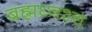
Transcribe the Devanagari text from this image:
ब्रह्मघ्नश्च